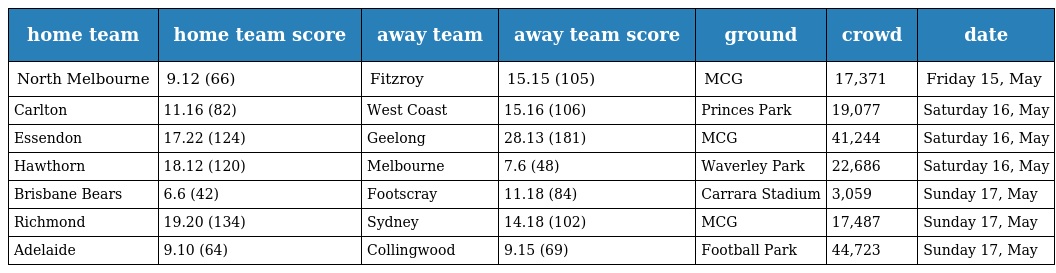
| home team | home team score | away team | away team score | ground | crowd | date |
 | --- | --- | --- | --- | --- | --- | --- |
 | North Melbourne | 9.12 (66) | Fitzroy | 15.15 (105) | MCG | 17,371 | Friday 15, May |
 | Carlton | 11.16 (82) | West Coast | 15.16 (106) | Princes Park | 19,077 | Saturday 16, May |
 | Essendon | 17.22 (124) | Geelong | 28.13 (181) | MCG | 41,244 | Saturday 16, May |
 | Hawthorn | 18.12 (120) | Melbourne | 7.6 (48) | Waverley Park | 22,686 | Saturday 16, May |
 | Brisbane Bears | 6.6 (42) | Footscray | 11.18 (84) | Carrara Stadium | 3,059 | Sunday 17, May |
 | Richmond | 19.20 (134) | Sydney | 14.18 (102) | MCG | 17,487 | Sunday 17, May |
 | Adelaide | 9.10 (64) | Collingwood | 9.15 (69) | Football Park | 44,723 | Sunday 17, May |